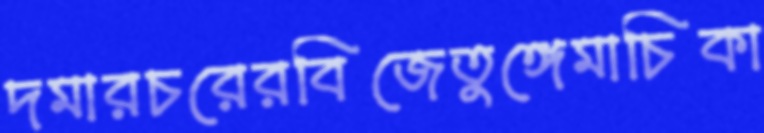
দমারচরেরবিজেতুঙ্গেমাচিকা